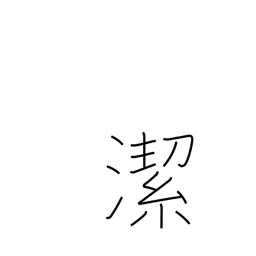
Meaning: pure